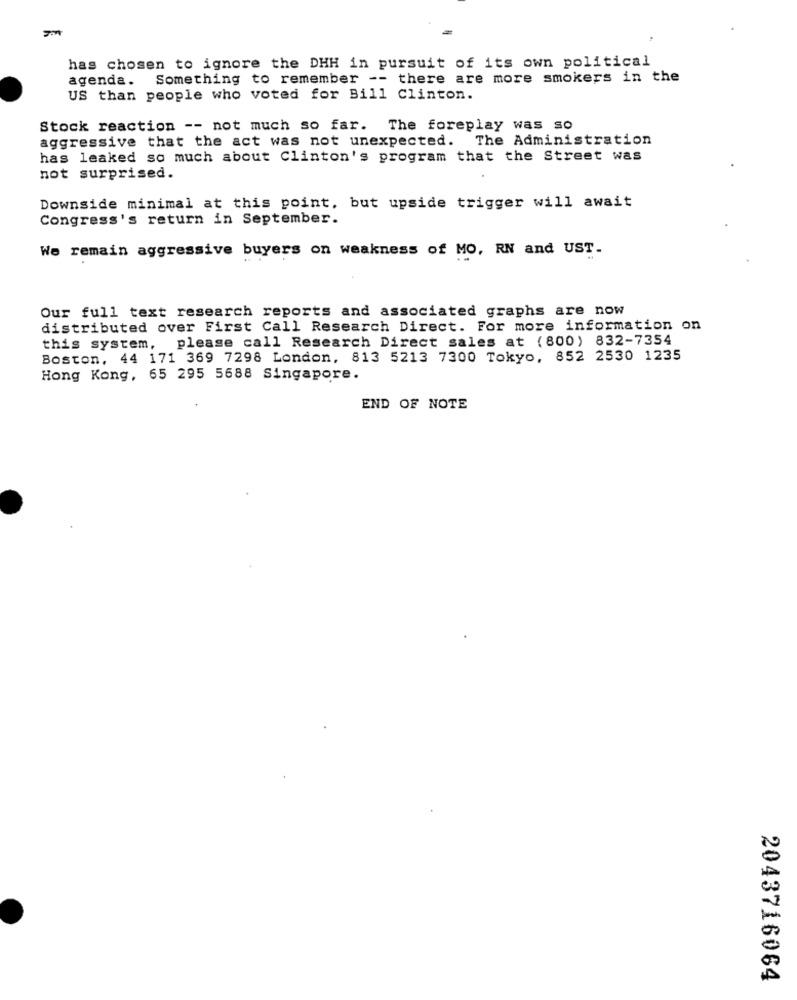
has chosen to ignore the DHH in pursuit of its own political
agenda. Something to remember -- there are more smokers in the
US than people who voted for Bill Clinton.
Stock reaction -- not much so far. The foreplay was so
aggressive that the act was not unexpected. The Administration
has leaked so much about Clinton's program that the Street was
not surprised.
Downside minimal at this point, but upside trigger will await
Congress's return in September.
We remain aggressive buyers on weakness of MO, RN and UST.
Our full text research reports and associated graphs are now
distributed over First Call Research Direct. For more information on
this system, please call Research Direct sales at (800) 832-7354
Boston, 44 171 369 7298 London, 813 5213 7300 Tokyo, 852 2530 1235
Hong Kong, 65 295 5688 Singapore.
END OF NOTE
2043716064